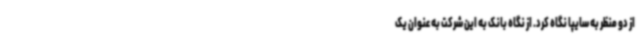
از دو منظر به سایپا نگاه کرد. از نگاه بانک به این شرکت به عنوان یک